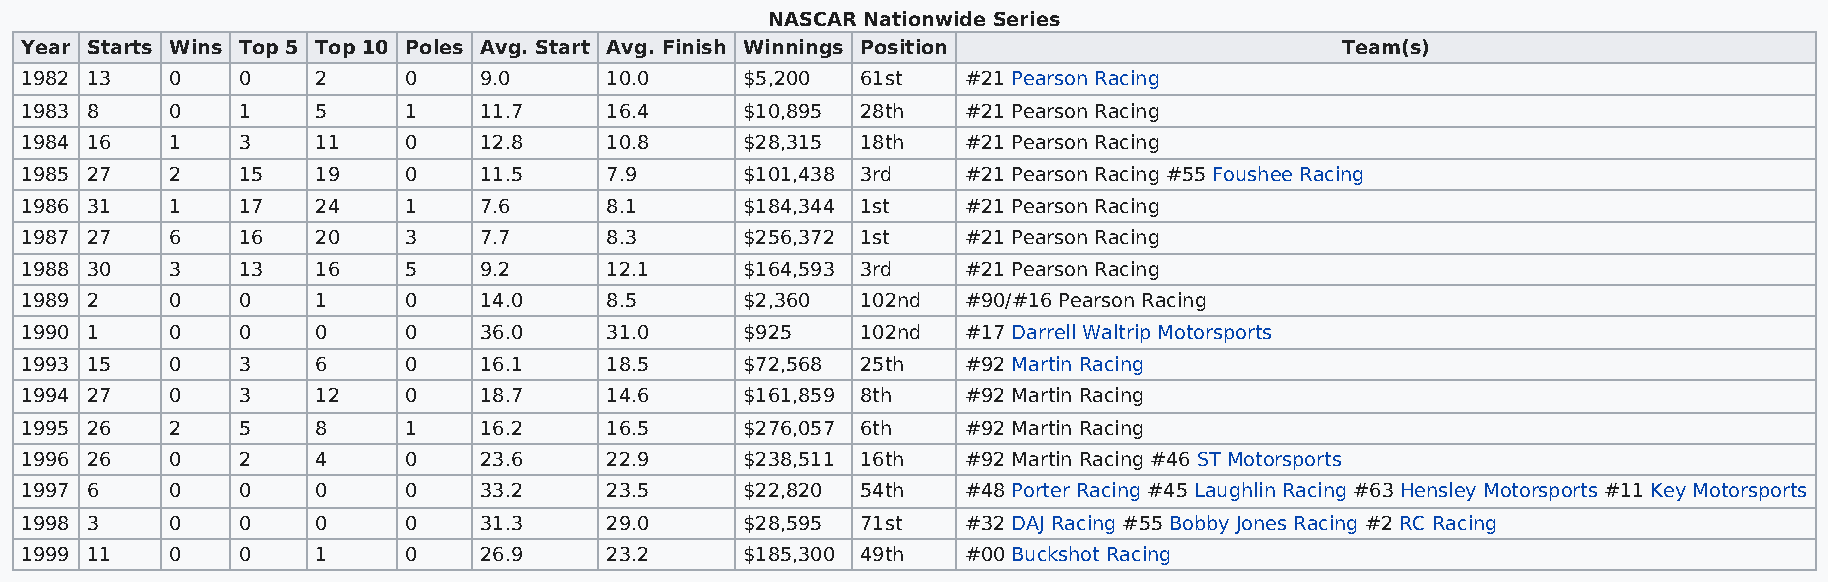
NASCAR Nationwide Series
 Year Starts Wins Top 5 Top 10 Poles Avg. Start Avg. Finish Winnings Position            Team(s)
 1982 13   0    0    2     0    9.0     10.0     $5,200  61st   #21 Pearson Racing
 1983 8    0    1    5     1    11.7    16.4     $10,895 28th   #21 Pearson Racing
 1984 16   1    3    11    0    12.8    10.8     $28,315 18th   #21 Pearson Racing
 1985 27   2    15   19    0    11.5    7.9      $101,438 3rd   #21 Pearson Racing #55 Foushee Racing
 1986 31   1    17   24    1    7.6     8.1      $184,344 1st   #21 Pearson Racing
 1987 27   6    16   20    3    7.7     8.3      $256,372 1st   #21 Pearson Racing
 1988 30   3    13   16    5    9.2     12.1     $164,593 3rd   #21 Pearson Racing
 1989 2    0    0    1     0    14.0    8.5      $2,360  102nd  #90/#16 Pearson Racing
 1990 1    0    0    0     0    36.0    31.0     $925    102nd  #17 Darrell Waltrip Motorsports
 1993 15   0    3    6     0    16.1    18.5     $72,568 25th   #92 Martin Racing
 1994 27   0    3    12    0    18.7    14.6     $161,859 8th   #92 Martin Racing
 1995 26   2    5    8     1    16.2    16.5     $276,057 6th   #92 Martin Racing
 1996 26   0    2    4     0    23.6    22.9     $238,511 16th  #92 Martin Racing #46 ST Motorsports
 1997 6    0    0    0     0    33.2    23.5     $22,820 54th   #48 Porter Racing #45 Laughlin Racing #63 Hensley Motorsports #11 Key Motorsports
 1998 3    0    0    0     0    31.3    29.0     $28,595 71st   #32 DAJ Racing #55 Bobby Jones Racing #2 RC Racing
 1999 11   0    0    1     0    26.9    23.2     $185,300 49th  #00 Buckshot Racing